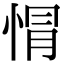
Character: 𢛡